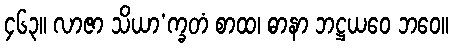
၄၆၃။ လာဇာ သိယာ’က္ခတံ စာထ၊ ဓာနာ ဘဋ္ဌယဝေ ဘဝေ။